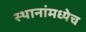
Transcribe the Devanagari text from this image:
स्थानांमध्येच